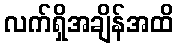
လက်ရှိအချိန်အထိ